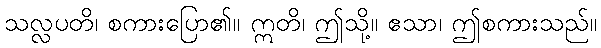
သလ္လပတိ၊ စကားပြော၏။ ဣတိ၊ ဤသို့။ ဧသာ၊ ဤစကားသည်။